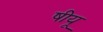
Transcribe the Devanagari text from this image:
षीयू